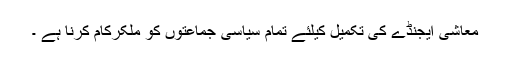
معاشی ایجنڈے کی تکمیل کیلئے تمام سیاسی جماعتوں کو ملکرکام کرنا ہے ۔